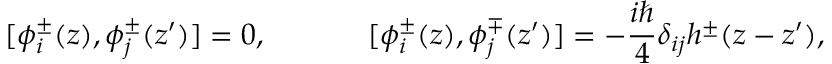
[ \phi _ { i } ^ { \pm } ( z ) , \phi _ { j } ^ { \pm } ( z ^ { \prime } ) ] = 0 , ~ ~ ~ ~ ~ ~ ~ ~ ~ ~ [ \phi _ { i } ^ { \pm } ( z ) , \phi _ { j } ^ { \mp } ( z ^ { \prime } ) ] = - \frac { i \hbar } { 4 } \delta _ { i j } h ^ { \pm } ( z - z ^ { \prime } ) ,